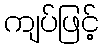
ကျပ်ဖြင့်